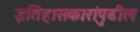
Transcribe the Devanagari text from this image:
इतिहासकारांपुढील